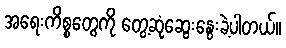
အရေးကိစ္စတွေကို တွေ့ဆုံဆွေးနွေးခဲ့ပါတယ်။